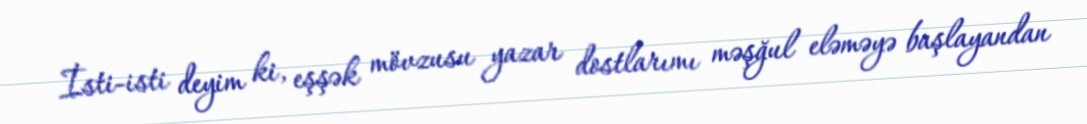
İsti-isti deyim ki, eşşək mövzusu yazar dostlarımı məşğul eləməyə başlayandan